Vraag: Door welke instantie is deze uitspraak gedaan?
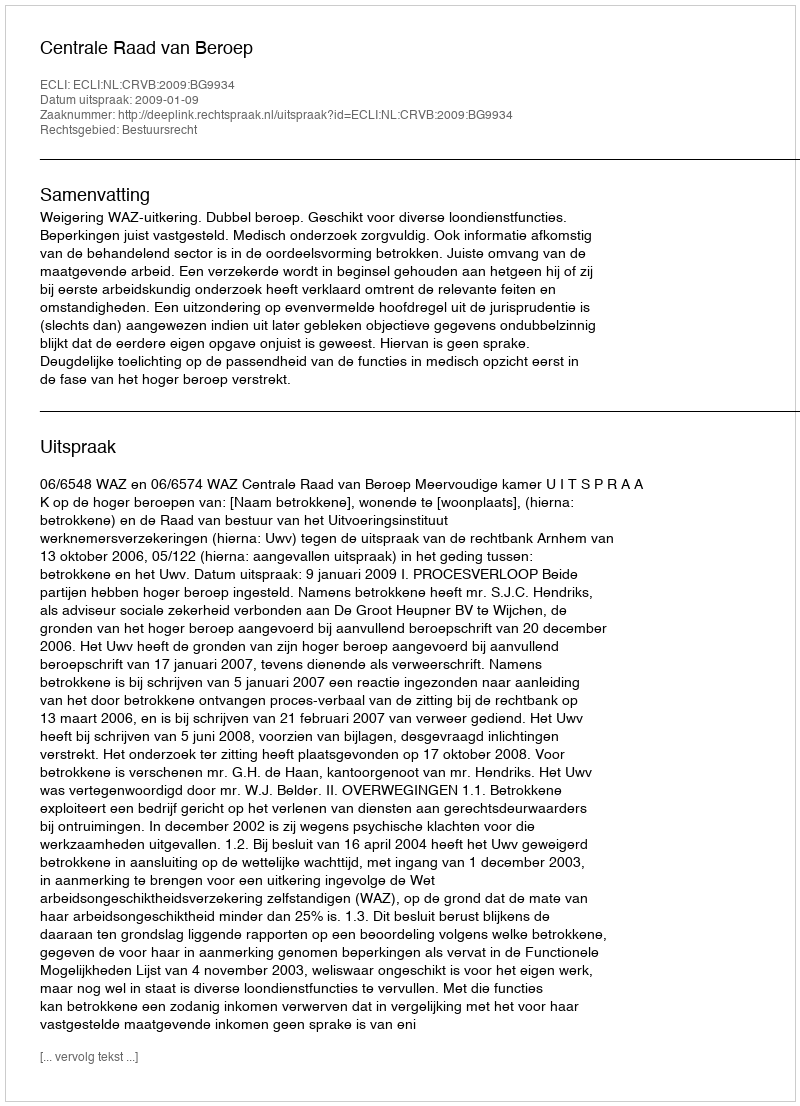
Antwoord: Centrale Raad van Beroep